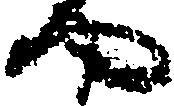
や